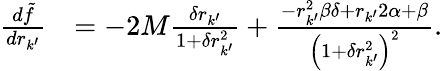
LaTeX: \begin{array}{rl}{\frac{d\tilde{f}}{dr_{k^{\prime}}}}&{=-2M\frac{\delta r_{k^{\prime}}}{1+\delta r_{k^{\prime}}^{2}}+\frac{-r_{k^{\prime}}^{2}\beta\delta+r_{k^{\prime}}2\alpha+\beta}{\left(1+\delta r_{k^{\prime}}^{2}\right)^{2}}.}\end{array}